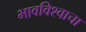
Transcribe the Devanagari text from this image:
भावविश्वाचा